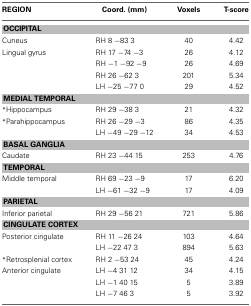
| REGION | Coord. (mm) | Voxels | T-score |
 | --- | --- | --- | --- |
 | <COLSPAN=4> OCCIPITAL |
 | Cuneus | RH 8 −83 3 | 40 | 4.42 |
 | Lingual gyrus | RH 17 −74 −3 | 26 | 4.12 |
 |  | RH −1 −92 −9 | 26 | 4.69 |
 |  | RH 26 −62 3 | 201 | 5.34 |
 |  | LH −25 −77 0 | 29 | 4.52 |
 | <COLSPAN=4> MEDIAL TEMPORAL |
 | *Hippocampus | RH 29 −38 3 | 21 | 4.32 |
 | *Parahippocampus | RH 26 −29 −3 | 86 | 4.35 |
 |  | LH −49 −29 −12 | 34 | 4.53 |
 | <COLSPAN=4> BASAL GANGLIA |
 | Caudate | RH 23 −44 15 | 253 | 4.76 |
 | <COLSPAN=4> TEMPORAL |
 | Middle temporal | RH 69 −23 −9 | 17 | 6.20 |
 |  | LH −61 −32 −9 | 17 | 4.09 |
 | <COLSPAN=4> PARIETAL |
 | Inferior parietal | RH 29 −56 21 | 721 | 5.86 |
 | <COLSPAN=4> CINGULATE CORTEX |
 | Posterior cingulate | RH 11 −26 24 | 103 | 4.64 |
 |  | LH −22 47 3 | 894 | 5.63 |
 | *Retrosplenial cortex | RH 2 −53 24 | 45 | 4.24 |
 | Anterior cingulate | LH −4 31 12 | 34 | 4.15 |
 |  | LH −1 40 15 | 5 | 3.89 |
 |  | LH −7 46 3 | 5 | 3.92 |